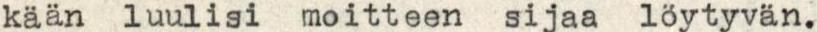
kään luulisi moitteen sijaa löytyvän.